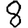
Digit: 8